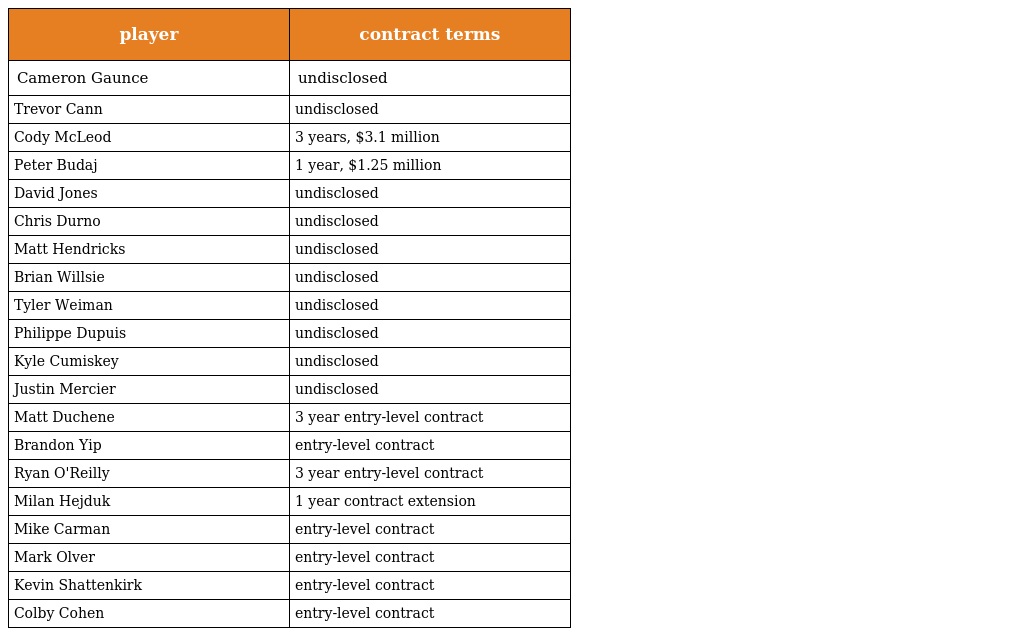
| player | contract terms |
 | --- | --- |
 | Cameron Gaunce | undisclosed |
 | Trevor Cann | undisclosed |
 | Cody McLeod | 3 years, $3.1 million |
 | Peter Budaj | 1 year, $1.25 million |
 | David Jones | undisclosed |
 | Chris Durno | undisclosed |
 | Matt Hendricks | undisclosed |
 | Brian Willsie | undisclosed |
 | Tyler Weiman | undisclosed |
 | Philippe Dupuis | undisclosed |
 | Kyle Cumiskey | undisclosed |
 | Justin Mercier | undisclosed |
 | Matt Duchene | 3 year entry-level contract |
 | Brandon Yip | entry-level contract |
 | Ryan O'Reilly | 3 year entry-level contract |
 | Milan Hejduk | 1 year contract extension |
 | Mike Carman | entry-level contract |
 | Mark Olver | entry-level contract |
 | Kevin Shattenkirk | entry-level contract |
 | Colby Cohen | entry-level contract |